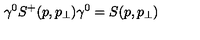
\gamma ^ { 0 } S ^ { + } ( p , p _ { \perp } ) \gamma ^ { 0 } = S ( p , p _ { \perp } )